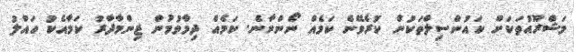
މަޝްރޫއުތަކަށް ކައުންސިލްތަކުން ކުރެވޭނެ ކަމެއް ނޯންނާނެ. ކަމެއް ދިމާވުމުން ޒިންމާދާރު ކަމާއެކު ހައްލު